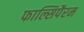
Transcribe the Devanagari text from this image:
फाल्सिपैरम